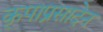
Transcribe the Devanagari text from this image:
कृपाप्रसादेन